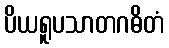
ပိယရူပသာတဂဓိတံ